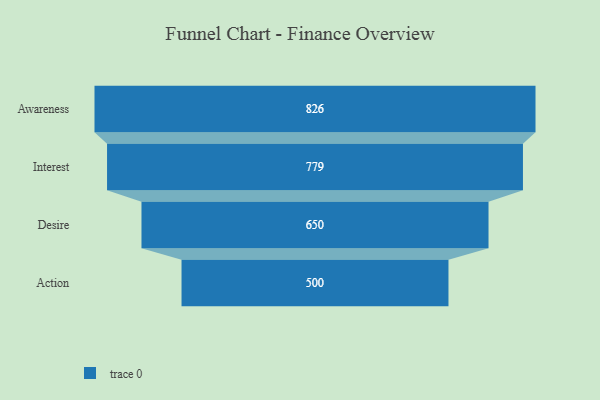
{"axis": {"x": "Stage", "y": "Value"}, "legend": [""], "data": [{"x": "Awareness", "y": 826.0, "type": ""}, {"x": "Interest", "y": 779.0, "type": ""}, {"x": "Desire", "y": 650.0, "type": ""}, {"x": "Action", "y": 500, "type": ""}]}